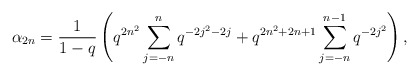
\begin{align*} \alpha_{2n} = \frac{1}{1-q}\left(q^{2n^2}\sum_{j=-n}^{n}q^{-2j^2-2j} + q^{2n^2+2n+1}\sum_{j=-n}^{n-1}q^{-2j^2}\right), \end{align*}